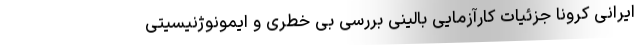
ایرانی کرونا جزئیات کارآزمایی بالینی بررسی بی خطری و ایمونوژنیسیتی